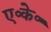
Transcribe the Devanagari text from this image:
ए॰के॰